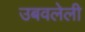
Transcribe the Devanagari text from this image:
उबवलेली